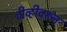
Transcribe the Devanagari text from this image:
टीव्हीवरून